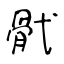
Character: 骮